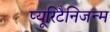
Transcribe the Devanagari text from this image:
प्यूरिटैनिजन्म